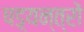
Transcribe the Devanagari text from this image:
षड़्यन्त्रों